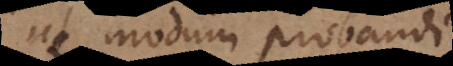
ut modum probandi